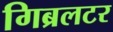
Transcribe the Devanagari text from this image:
गिब्रलटर